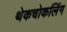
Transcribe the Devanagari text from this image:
थेकचोकलिंग